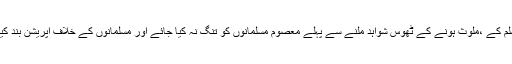
کسی مسلم کے ،ملوث ہونے کے ٹھوس شواہد ملنے سے پہلے معصوم مسلمانوں کو تنگ نہ کیا جائے اور مسلمانوں کے خلاف آپریشن بند کیا جائے۔